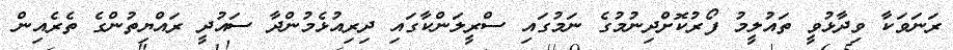
ރަނަވަކާ ވިދާޅުވީ ތައުލީމު ފޯރުކޮށްދިނުމުގެ ނަމުގައި ސްރީލަންކާގައި ދިރިއުޅެމުންދާ ސައުދީ ރައްޔިތުންގެ ތެރެއިން